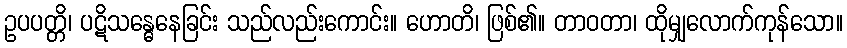
ဥပပတ္တိ၊ ပဋိသန္ဓေနေခြင်း သည်လည်းကောင်း။ ဟောတိ၊ ဖြစ်၏။ တာဝတာ၊ ထိုမျှလောက်ကုန်သော။